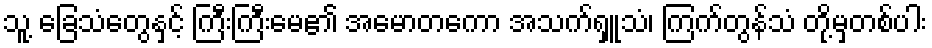
သူ့ ခြေသံတွေနှင့် ကြီးကြီးမေ၏ အမောတကော အသက်ရှူသံ၊ ကြက်တွန်သံ တို့မှတစ်ပါး